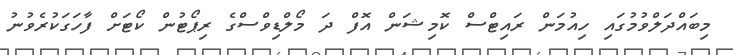
މިބައްދަލްވުމުގައި ހިއުމަން ރައިޓްސް ކޮމިޝަން އޮފް ދަ މޯލްޑިވްސްގެ ރިޕޯޓުން ކޯޓަށް ފާހަގަކުރެވުނު